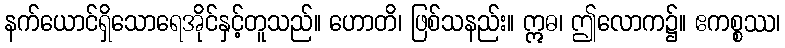
နက်ယောင်ရှိသောရေအိုင်နှင့်တူသည်။ ဟောတိ၊ ဖြစ်သနည်း။ ဣဓ၊ ဤလောက၌။ ဧကစ္စဿ၊